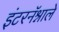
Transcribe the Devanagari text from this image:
इंटरनॅश्नाले